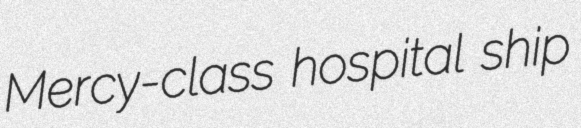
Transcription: Mercy-class hospital ship